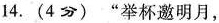
14.(4分)”举杯邀明月，